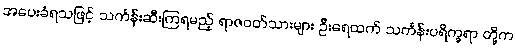
အပေးခံရသဖြင့် သင်္ကန်းဆီးကြရမည့် ရာဇဝတ်သားများ ဦးရေထက် သင်္ကန်းပရိက္ခရာ တို့က